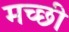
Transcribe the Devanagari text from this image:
मच्छी